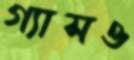
গ্যাসও